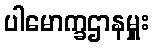
ပါမောက္ခဌာနမှူး